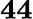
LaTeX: \mathbf{44}